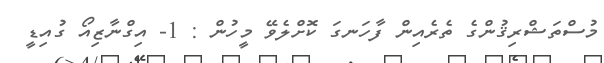
މުސްތަޝްރިޤުންގެ ތެރެއިން ފާހަނގަ ކޮށްލެވޭ މީހުން : 1- އިގްނާޒިއޯ ގުއިޑީ